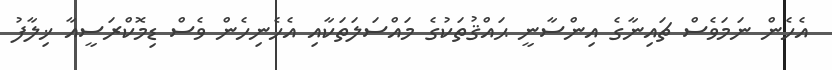
އެހެން ނަމަވެސް ޗައިނާގެ އިންސާނީ ޙައްޤުތަކުގެ މައްސަލަތަކާއި އެހެނިހެން ވެސް ޑިމޮކްރަސީއާ ޚިލާފު